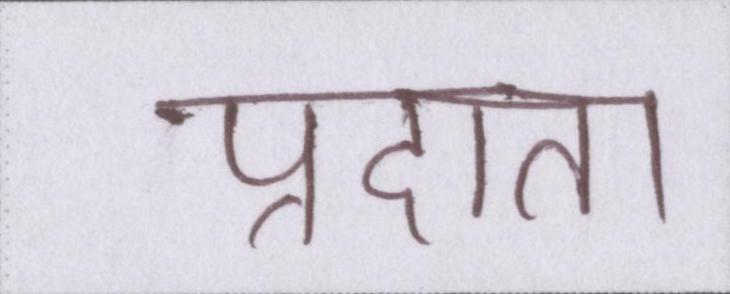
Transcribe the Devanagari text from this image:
प्रदाता